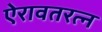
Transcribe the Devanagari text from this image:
ऐरावतरत्न